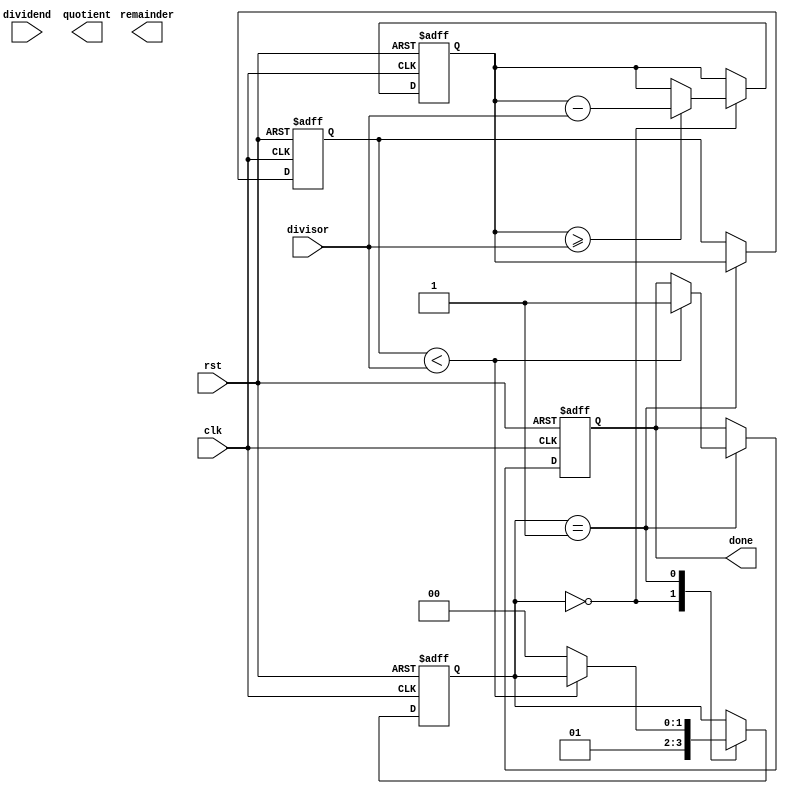
module RestoringDivider (
    input wire clk,
    input wire rst,
    input wire [7:0] divisor,
    input wire [7:0] dividend,
    output reg [7:0] quotient,
    output reg [7:0] remainder,
    output reg done
);

reg [7:0] dividend_reg;
reg [7:0] quotient_reg;
reg [7:0] remainder_reg;
reg [1:0] state;

always @(posedge clk or posedge rst) begin
    if (rst) begin
        state <= 2'b00;
        dividend_reg <= 0;
        quotient_reg <= 0;
        remainder_reg <= 0;
        done <= 0;
    end else begin
        case(state)
            2'b00: begin
                if (dividend_reg >= divisor) begin
                    dividend_reg <= dividend_reg - divisor;
                    quotient_reg <= quotient_reg + 1;
                end
                state <= 2'b01;
            end
            2'b01: begin
                remainder_reg <= dividend_reg;
                if (remainder_reg < divisor) begin
                    done <= 1;
                end else begin
                    state <= 2'b00;
                end
            end
        endcase
    end
end

endmodule